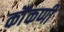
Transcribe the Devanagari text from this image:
कॊंकणी